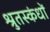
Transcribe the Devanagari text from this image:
श्रुतस्कंधों